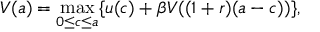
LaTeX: V ( a ) = \operatorname* { m a x } _ { 0 \leq c \leq a } \{ u ( c ) + \beta V ( ( 1 + r ) ( a - c ) ) \} ,